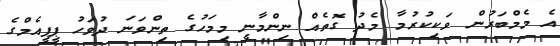
އެ މެމްބަރުން ވަކިކުރުމާ މެދު ގޮތެއް ނިންމާނީ މިމަހުގެ ތިންވަނަ ދުވަހު ޕީޕީއެމްގެ